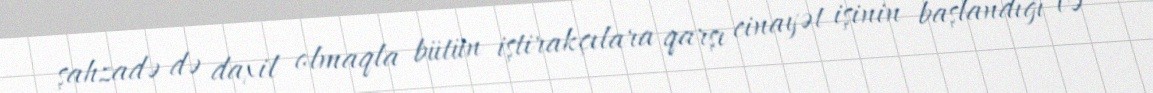
şahzadə də daxil olmaqla bütün iştirakçılara qarşı cinayət işinin başlandığı və